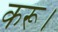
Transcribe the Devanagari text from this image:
करू।